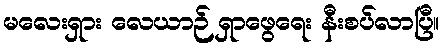
မလေးရှား လေယာဉ် ရှာဖွေရေး နီးစပ်လာပြီ။